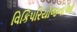
વિકિપરિયોજનાઓ